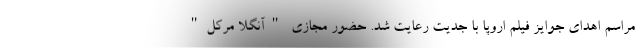
مراسم اهدای جوایز فیلم اروپا با جدیت رعایت شد. حضور مجازی "آنگلا مرکل"